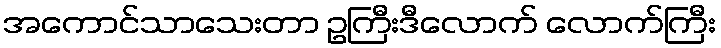
အကောင်သာသေးတာ ဥကြီးဒီလောက် လောက်ကြီး